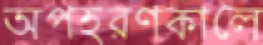
অপহরণকালে